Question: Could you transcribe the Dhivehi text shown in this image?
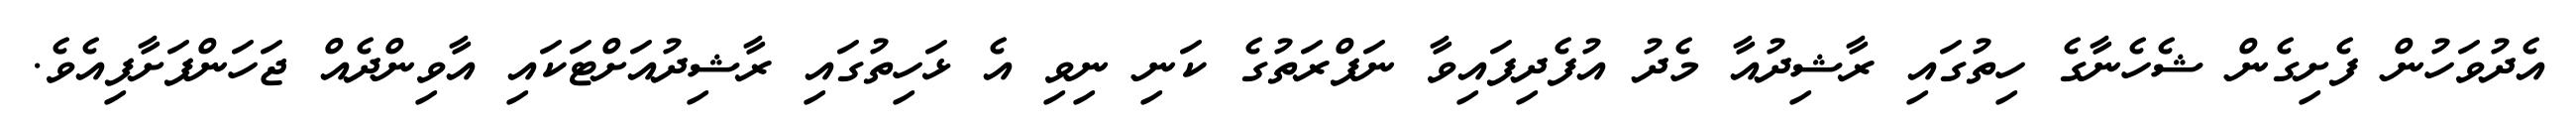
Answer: އެދުވަހުން ފެށިގެން ޝެހެނާގެ ހިތުގައި ރާޝިދުއާ މެދު އުފެދިފައިވާ ނަފްރަތުގެ ކަނި ނިވި އެ ޅަހިތުގައި ރާޝިދުއަށްޓަކައި އާވިންދެއް ޖަހަންފަށާފިއެވެ.